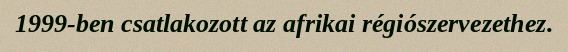
1999-ben csatlakozott az afrikai régiószervezethez.